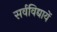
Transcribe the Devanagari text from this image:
सर्वविद्यायें